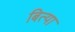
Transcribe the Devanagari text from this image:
बित्या